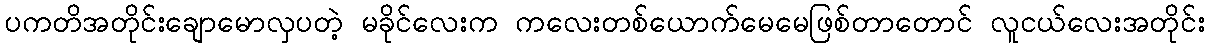
ပကတိအတိုင်းချောမောလှပတဲ့ မခိုင်လေးက ကလေးတစ်ယောက်မေမေဖြစ်တာတောင် လူငယ်လေးအတိုင်း